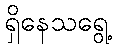
ရှိနေသရွေ့